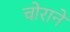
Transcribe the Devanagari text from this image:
चोराने